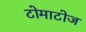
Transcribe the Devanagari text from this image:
टोमाटोज